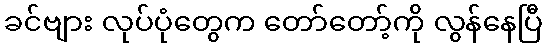
ခင်ဗျား လုပ်ပုံတွေက တော်တော့်ကို လွန်နေပြီ